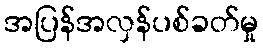
အပြန်အလှန်ပစ်ခတ်မှု